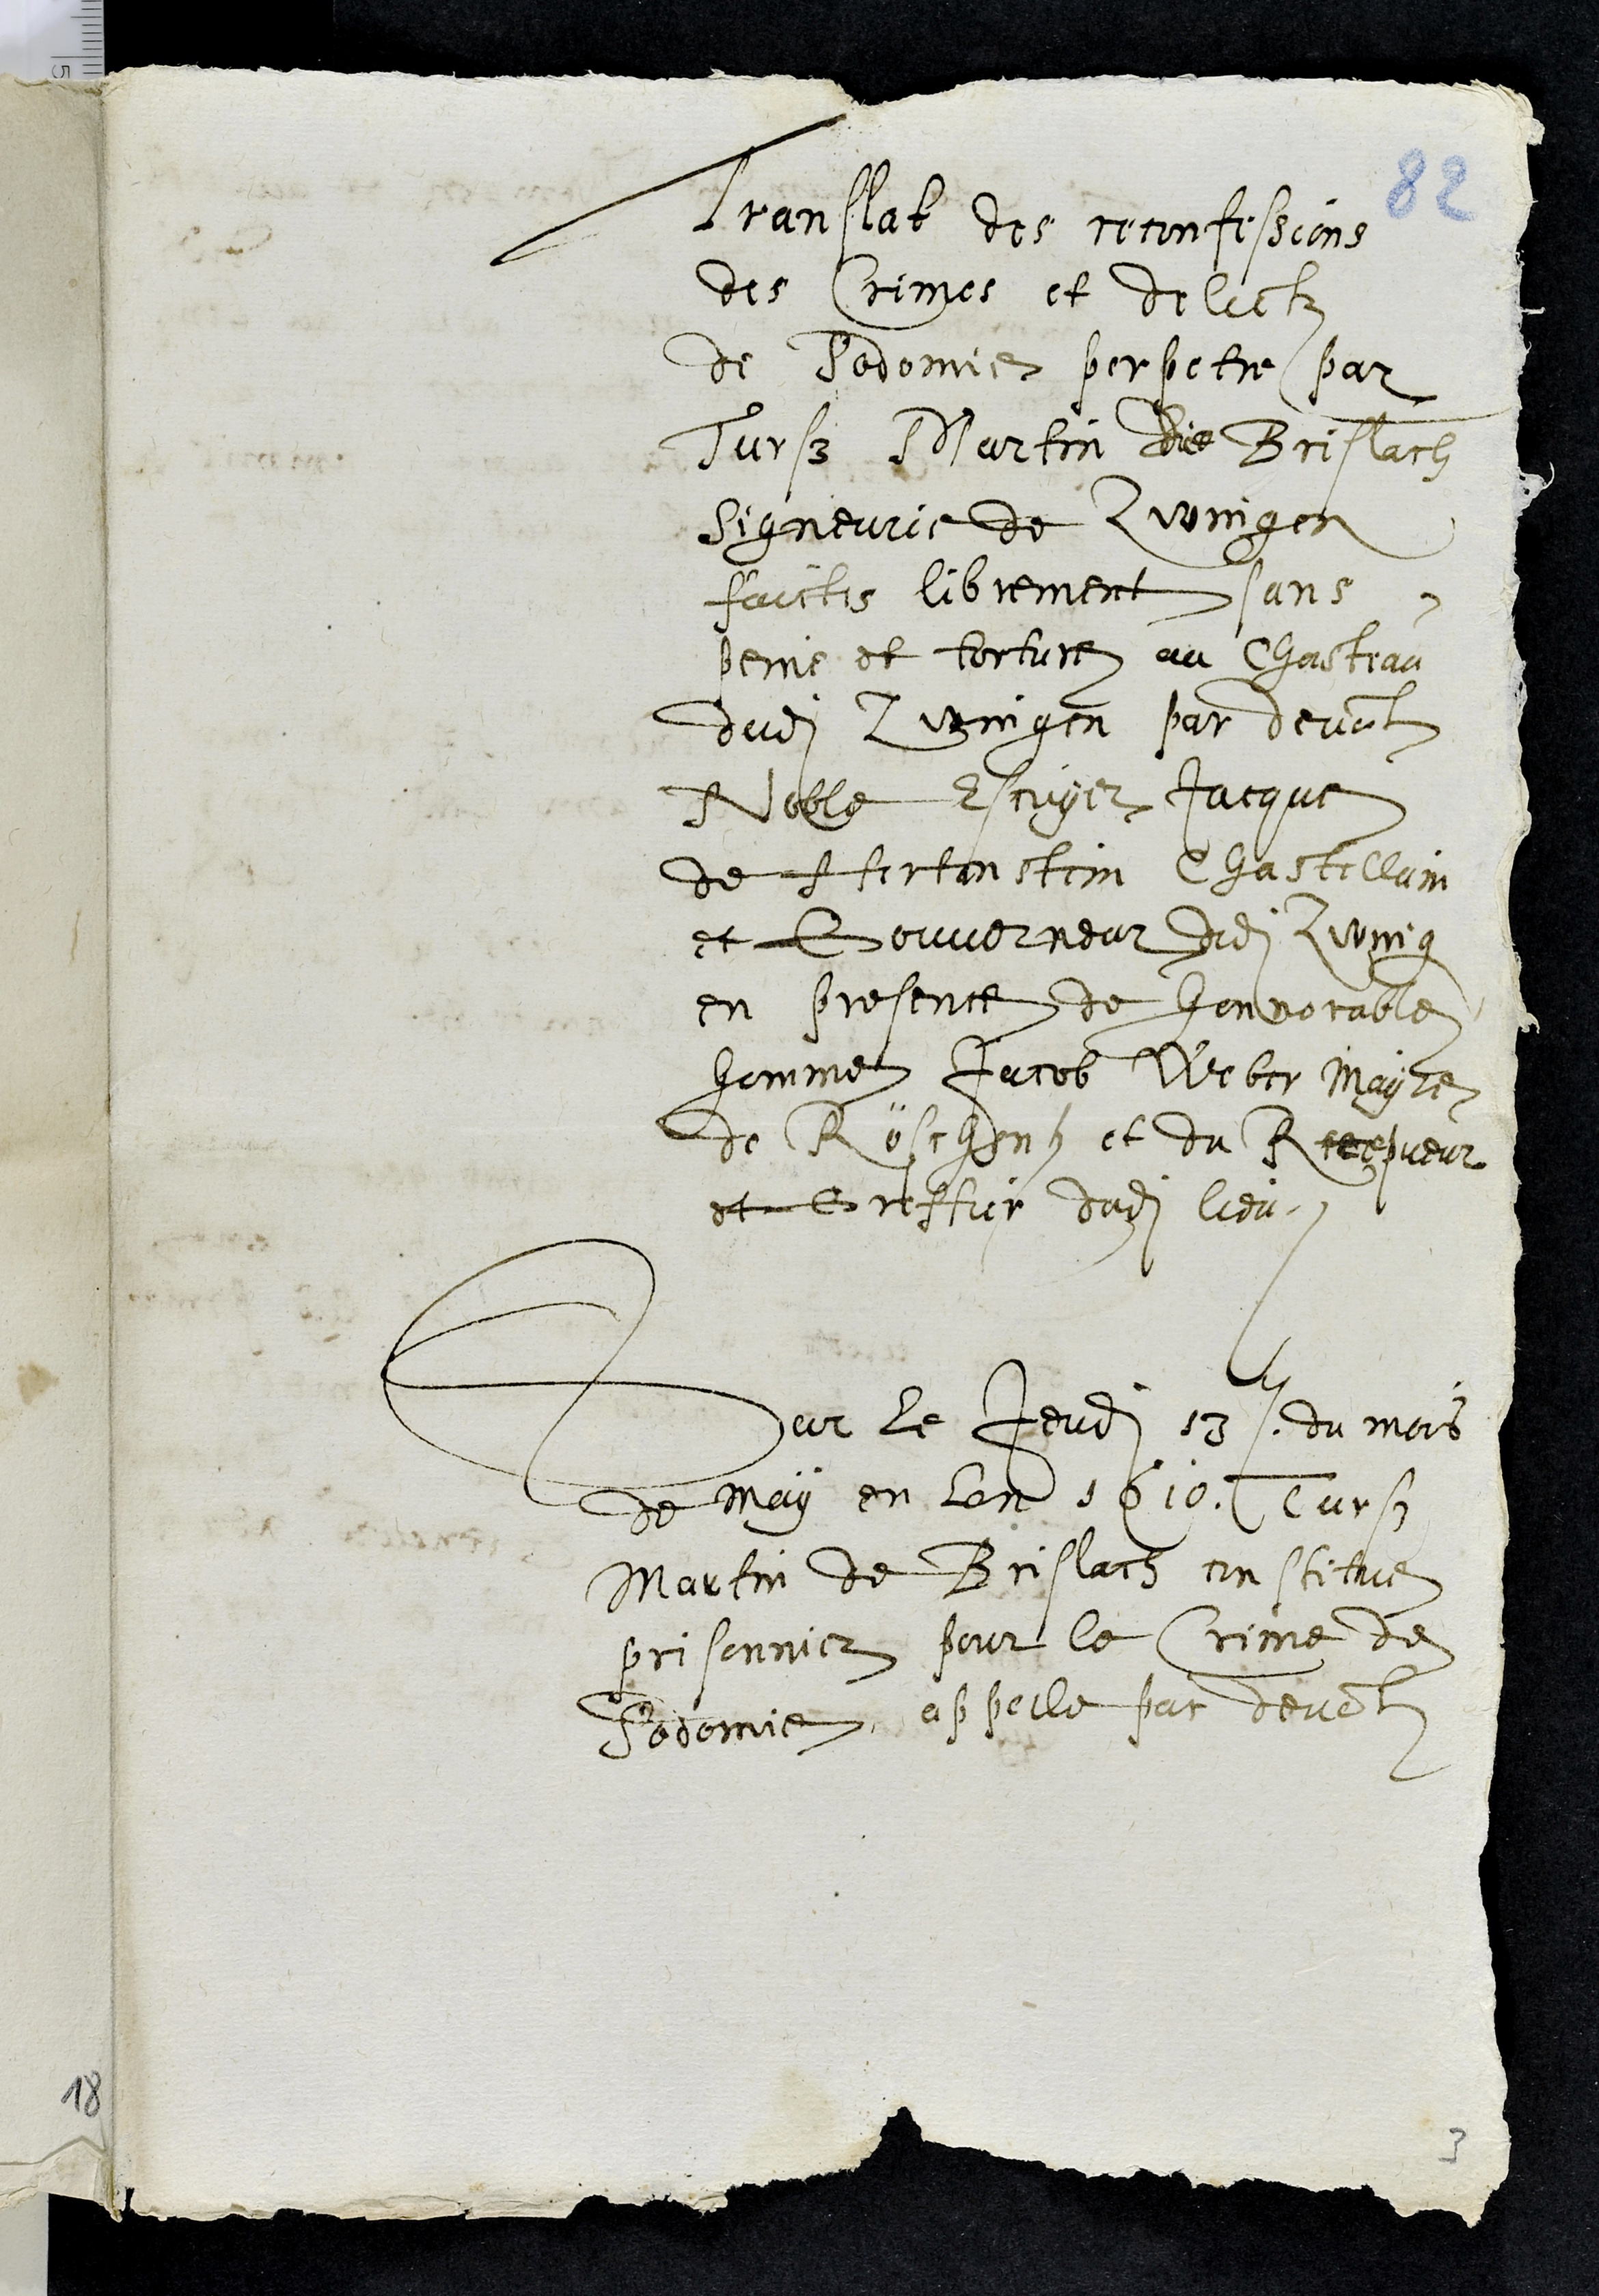
Translat des reconfessions
des Crimes et delictz
de Sodomie perpetre par
Turs Martin de Brislach
Signeurie de Zwingen
faictes librement sans
peine et torture au Chasteau
dudit Zwingen par devant
Noble Escuyer Jacque
de Hertentein Chastellain
et Gouverneur dudit Zwingen
en presence de honnorable
homme Jacob Weber Mayre
de Röschenz et du Recepveur
et Greffier dudit lieu.
Sur le jeudi 13 du mois
de may en lan 1610, Turs
Martin de Brislach constitue
prisonnier pour le Crime de
Sodomie, appelle par devant
3